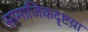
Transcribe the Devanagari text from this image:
सामाजिकदृष्टय़ा